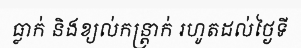
ធ្លាក់ និងខ្យល់កន្ត្រាក់ រហូតដល់ថ្ងៃទី